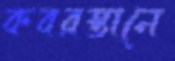
কবরস্তানে